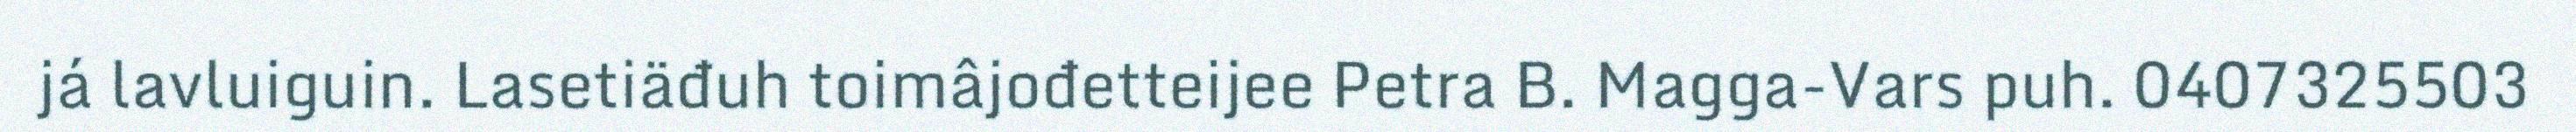
já lavluiguin. Lasetiäđuh toimâjođetteijee Petra B. Magga-Vars puh. 0407325503